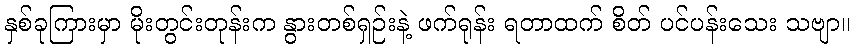
နှစ်ခုကြားမှာ မိုးတွင်းတုန်းက နွားတစ်ရှဉ်းနဲ့ ဖက်ရုန်း ရတာထက် စိတ် ပင်ပန်းသေး သဗျာ။